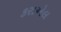
કરાએલ